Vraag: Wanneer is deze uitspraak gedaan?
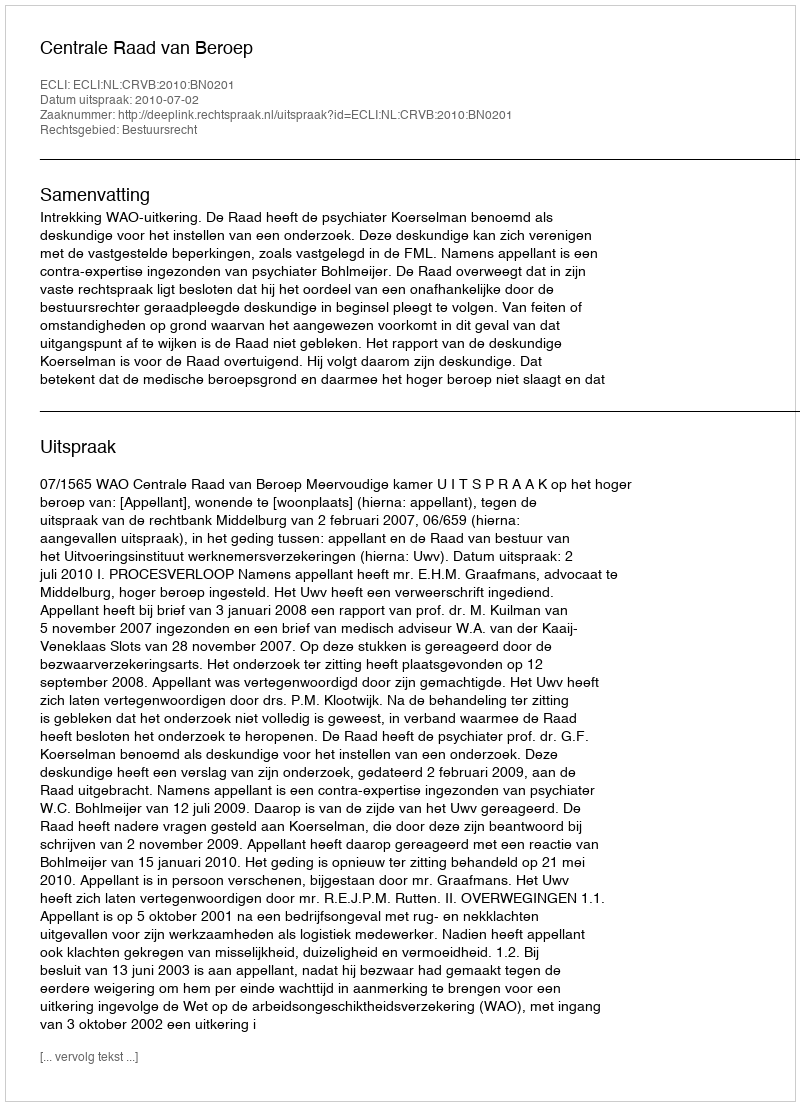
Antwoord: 2010-07-02